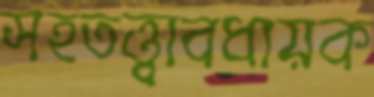
সহতত্ত্বাবধায়ক